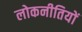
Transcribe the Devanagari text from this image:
लोकनीतियों